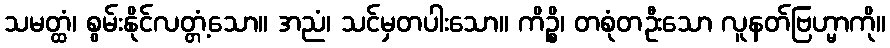
သမတ္ထံ၊ စွမ်းနိုင်လတ္တံ့သော။ အညံ၊ သင်မှတပါးသော။ ကိဉ္စိ၊ တစုံတဦးသော လူနတ်ဗြဟ္မာကို။